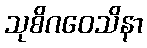
သုစိဂဝေသိနာ